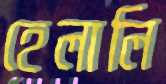
হেলালি